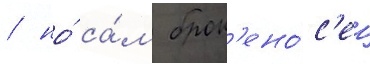
/ но́ са́м брон'ено́с'ец